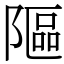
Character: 䧢